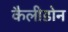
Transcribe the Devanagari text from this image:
कैलीडोन